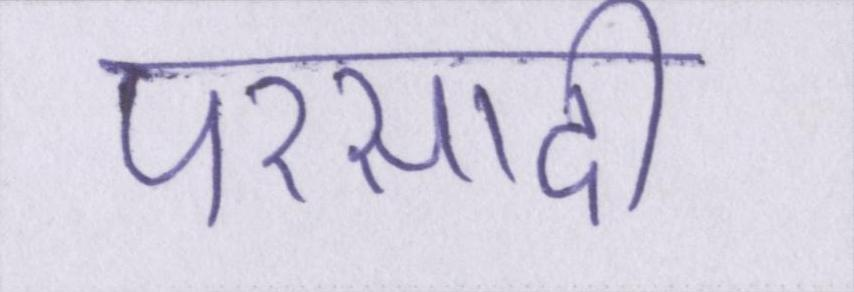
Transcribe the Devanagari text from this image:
परसादी